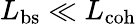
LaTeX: L_{\mathrm{bs}}\ll L_{\mathrm{coh}}